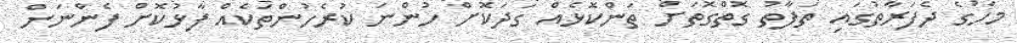
މަހުގެ ދެފަރާތުގައި ތަފާތު ގޮތްގޮތަށް ތަންކޮޅެއް ގަދަކޮށް ހުންނަ ކުރެހުންތަކެއް ފާޅުކޮށް ފެންނަން